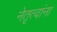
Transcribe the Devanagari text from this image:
नेतृत्वांना